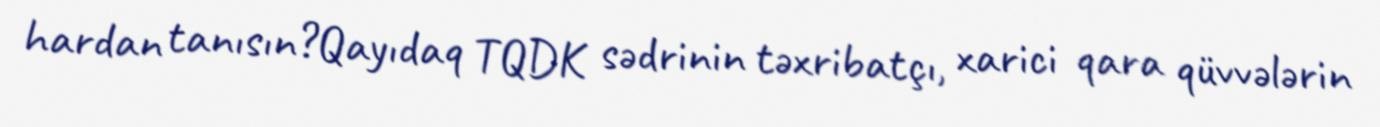
hardan tanısın?Qayıdaq TQDK sədrinin təxribatçı, xarici qara qüvvələrin